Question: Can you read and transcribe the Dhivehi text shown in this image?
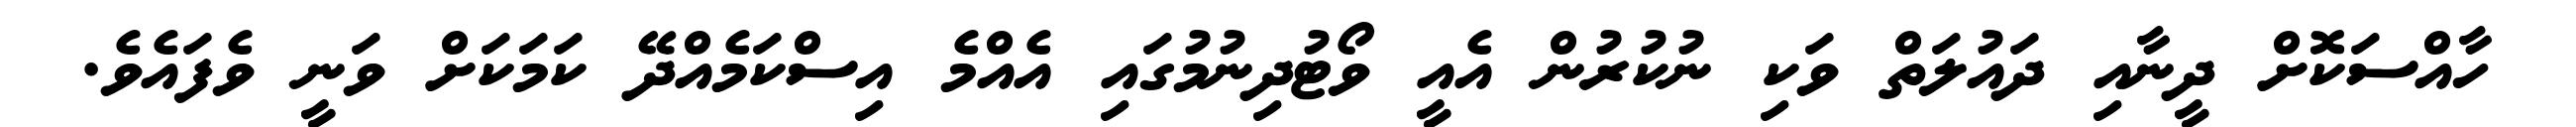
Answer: ހާއްސަކޮށް ދީނާއި ދައުލަތް ވަކި ނުކުރުން އެއީ ވޯޓުދިނުމުގައި އެއްމެ އިސްކަމެއްދޭ ކަމަކަށް ވަނީ ވެފައެވެ.